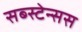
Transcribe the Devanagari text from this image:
सब्स्टेन्सस